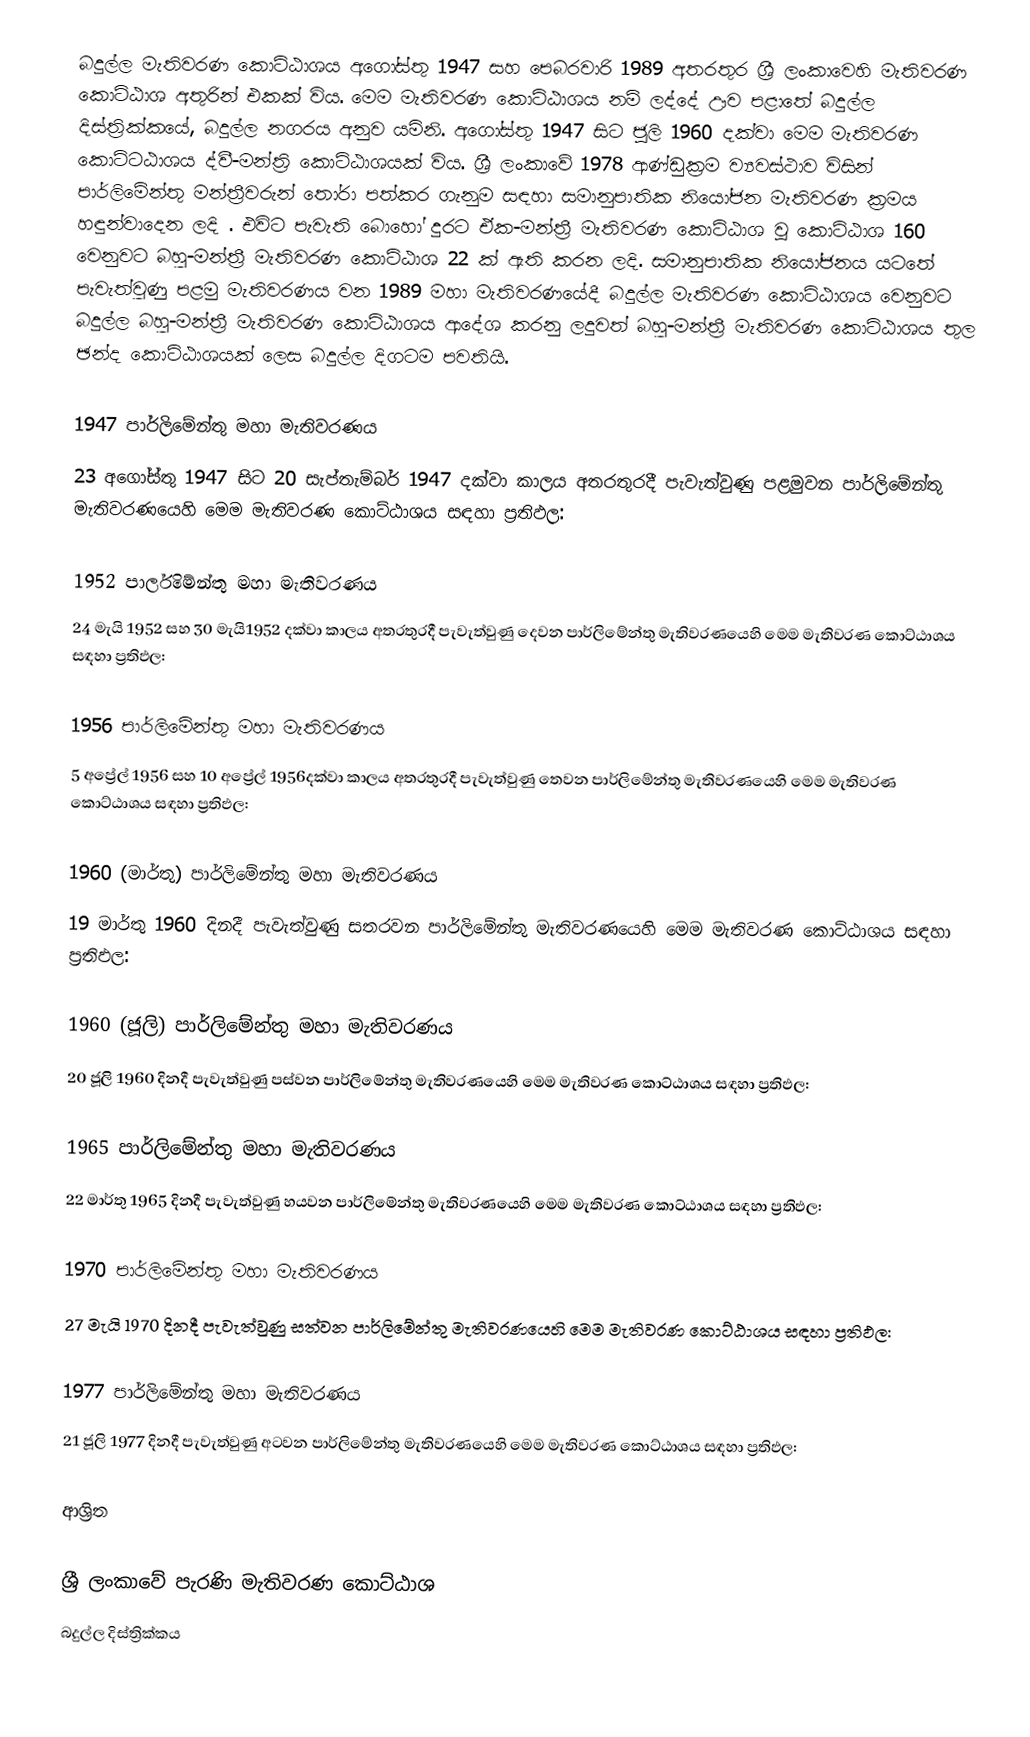
බදුල්ල මැතිවරණ කොට්ඨාශය  අගෝස්තු 1947 සහ පෙබරවාරි 1989 අතරතුර  ශ්‍රී ලංකාවෙහි  මැතිවරණ කොට්ඨාශ අතුරින් එකක් විය. මෙම මැතිවරණ කොට්ඨාශය නම් ලද්දේ  ඌව පළාතේ  බදුල්ල දිස්ත්‍රික්කයේ,  බදුල්ල නගරය අනුව යමිනි. අගෝස්තු 1947 සිට  ජූලි 1960 දක්වා මෙම මැතිවරණ කොට්ටඨාශය ද්වී-මන්ත්‍රි කොට්ඨාශයක් විය. ශ්‍රී ලංකාවේ 1978 ආණ්ඩුක්‍රම ව්‍යවස්ථාව විසින්   පාර්ලිමේන්තු මන්ත්‍රීවරුන් තෝරා පත්කර ගැනුම සඳහා සමානුපාතික නියෝජන මැතිවරණ ක්‍රමය හඳුන්වාදෙන ලදි . එවිට පැවැති බොහෝ දුරට  ඒක-මන්ත්‍රී මැතිවරණ කොට්ඨාශ වූ කොට්ඨාශ 160 වෙනුවට බහු-මන්ත්‍රී මැතිවරණ කොට්ඨාශ 22 ක් ඇති කරන ලදි. සමානුපාතික නියෝජනය යටතේ පැවැත්වුණු  පළමු මැතිවරණය වන 1989 මහා මැතිවරණයේදී  බදුල්ල මැතිවරණ කොට්ඨාශය වෙනුවට  බදුල්ල බහු-මන්ත්‍රී මැතිවරණ කොට්ඨාශය  ආදේශ කරනු ලදුවත් බහු-මන්ත්‍රී මැතිවරණ කොට්ඨාශය තුල ඡන්ද කොට්ඨාශයක් ලෙස බදුල්ල දිගටම පවතියි.

1947 පාර්ලිමේන්තු මහා මැතිවරණය
23 අගෝස්තු 1947 සිට 20 සැප්තැම්බර් 1947 දක්වා කාලය අතරතුරදී පැවැත්වුණු   පළමුවන පාර්ලිමේන්තු මැතිවරණයෙහි මෙම මැතිවරණ කොට්ඨාශය සඳහා ප්‍රතිඵල:

1952 පාර්ලිමේන්තු මහා මැතිවරණය
24 මැයි 1952 සහ 30 මැයි1952 දක්වා කාලය අතරතුරදී පැවැත්වුණු   දෙවන පාර්ලිමේන්තු මැතිවරණයෙහි මෙම මැතිවරණ කොට්ඨාශය සඳහා ප්‍රතිඵල:

1956 පාර්ලිමේන්තු මහා මැතිවරණය
5 අප්‍රේල් 1956 සහ 10 අප්‍රේල් 1956දක්වා කාලය අතරතුරදී පැවැත්වුණු   තෙවන පාර්ලිමේන්තු මැතිවරණයෙහි මෙම මැතිවරණ කොට්ඨාශය සඳහා ප්‍රතිඵල:

1960 (මාර්තු) පාර්ලිමේන්තු මහා මැතිවරණය
19 මාර්තු 1960 දිනදී පැවැත්වුණු   සතරවන පාර්ලිමේන්තු මැතිවරණයෙහි මෙම මැතිවරණ කොට්ඨාශය සඳහා ප්‍රතිඵල:

1960 (ජූලි) පාර්ලිමේන්තු මහා මැතිවරණය
20 ජූලි 1960 දිනදී පැවැත්වුණු   පස්වන පාර්ලිමේන්තු මැතිවරණයෙහි මෙම මැතිවරණ කොට්ඨාශය සඳහා ප්‍රතිඵල:

1965 පාර්ලිමේන්තු මහා මැතිවරණය
22 මාර්තු 1965  දිනදී පැවැත්වුණු   හයවන පාර්ලිමේන්තු මැතිවරණයෙහි මෙම මැතිවරණ කොට්ඨාශය සඳහා ප්‍රතිඵල:

1970 පාර්ලිමේන්තු මහා මැතිවරණය
27 මැයි 1970 දිනදී පැවැත්වුණු   සත්වන පාර්ලිමේන්තු මැතිවරණයෙහි මෙම මැතිවරණ කොට්ඨාශය සඳහා ප්‍රතිඵල:

1977 පාර්ලිමේන්තු මහා මැතිවරණය
21 ජූලි 1977 දිනදී පැවැත්වුණු   අටවන පාර්ලිමේන්තු මැතිවරණයෙහි මෙම මැතිවරණ කොට්ඨාශය සඳහා ප්‍රතිඵල:

ආශ්‍රිත

ශ්‍රී ලංකාවේ පැරණි මැතිවරණ කොට්ඨාශ
 බදුල්ල දිස්ත්‍රික්කය